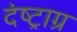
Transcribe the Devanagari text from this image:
दंष्ट्राग्र